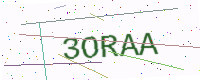
Text: 3ORAA